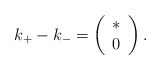
\begin{align*}k_{+}-k_{-}=\left( \begin{array}{c} \ast \\ 0 \\ \end{array}\right).\end{align*}